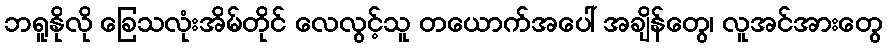
ဘရူနိုလို ခြေသလုံးအိမ်တိုင် လေလွင့်သူ တယောက်အပေါ် အချိန်တွေ၊ လူအင်အားတွေ